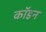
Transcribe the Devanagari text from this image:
कॉइन